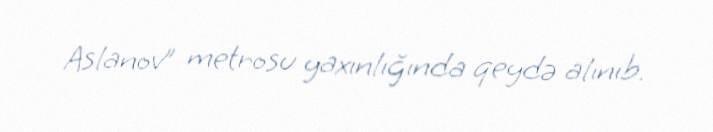
Aslanov” metrosu yaxınlığında qeydə alınıb.